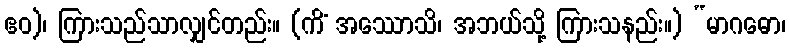
ဧဝ)၊ ကြားသည်သာလျှင်တည်း။ (ကိံ အဿောသိ၊ အဘယ်သို့ ကြားသနည်း။) “မာဂဓော၊